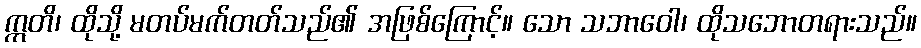
ဣတိ၊ ထိုသို့ မတပ်မက်တတ်သည်၏ အဖြစ်ကြောင့်။ သော သဘာဝေါ၊ ထိုသဘောတရားသည်။